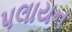
પલાયન